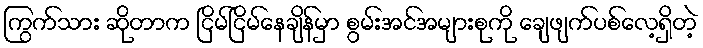
ကြွက်သား ဆိုတာက ငြိမ်ငြိမ်နေချိန်မှာ စွမ်းအင်အများစုကို ချေဖျက်ပစ်လေ့ရှိတဲ့